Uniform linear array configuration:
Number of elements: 32
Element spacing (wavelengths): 1
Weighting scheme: exponential
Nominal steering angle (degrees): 0
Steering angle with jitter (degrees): -0.5595
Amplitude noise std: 0.05
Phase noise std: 0.05

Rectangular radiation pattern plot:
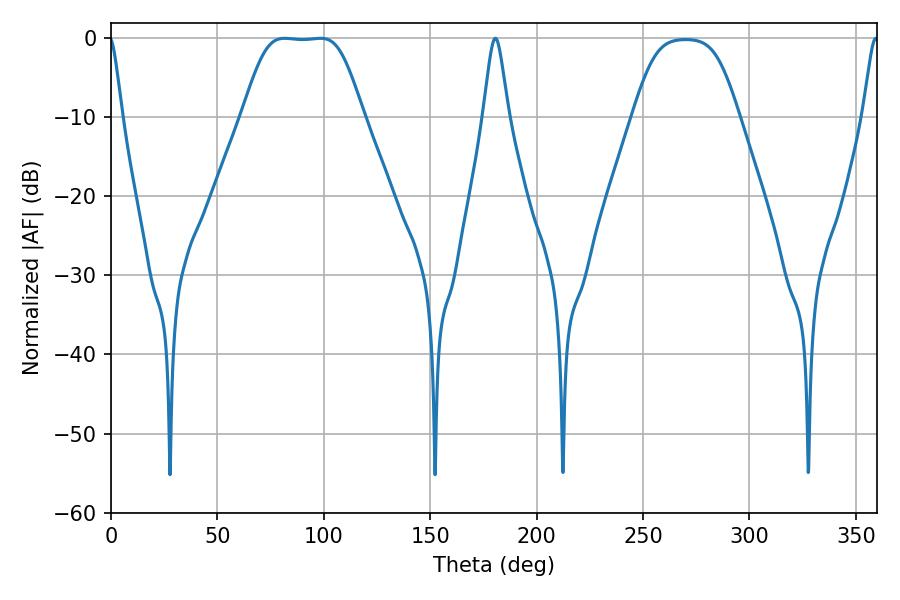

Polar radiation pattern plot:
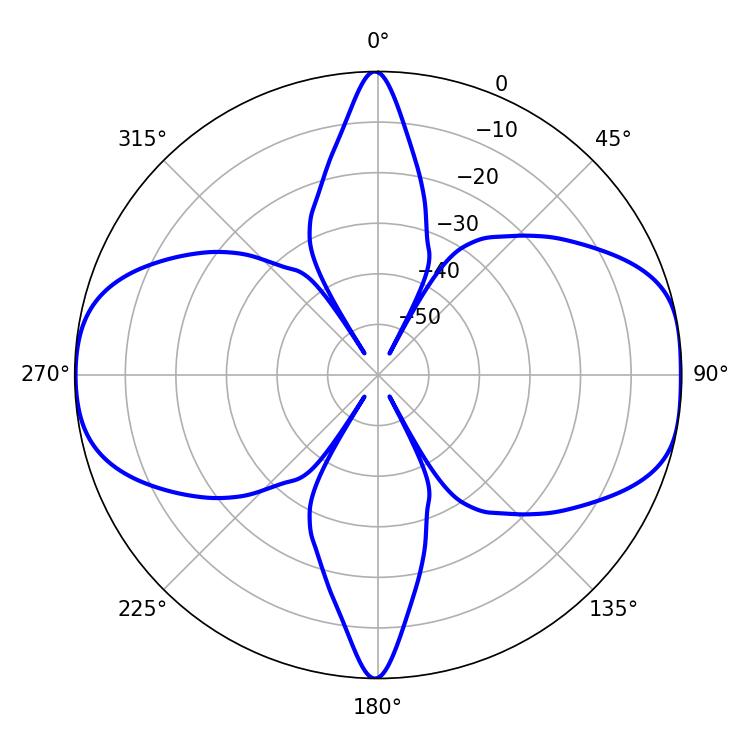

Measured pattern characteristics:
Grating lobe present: TRUE
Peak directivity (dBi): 11.093
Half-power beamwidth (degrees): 40.68
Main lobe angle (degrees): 81.54